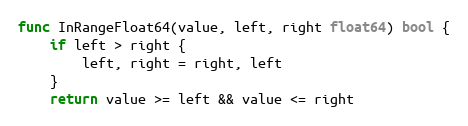
Language: Go
func InRangeFloat64(value, left, right float64) bool {
	if left > right {
		left, right = right, left
	}
	return value >= left && value <= right